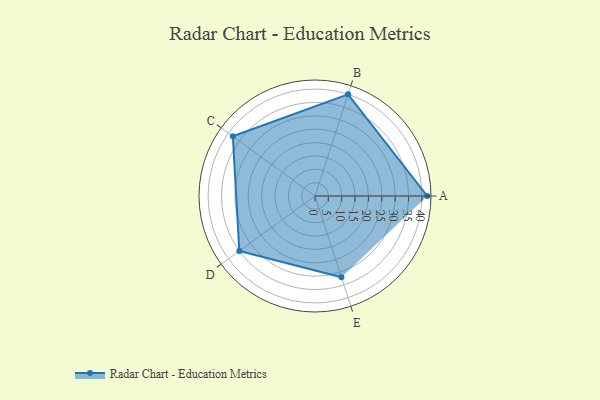
{"axis": {"x": "Skill", "y": "Score"}, "legend": ["Profile"], "data": [{"x": "A", "y": 42.0, "type": "Profile"}, {"x": "B", "y": 40.0, "type": "Profile"}, {"x": "C", "y": 38.0, "type": "Profile"}, {"x": "D", "y": 35.0, "type": "Profile"}, {"x": "E", "y": 32.0, "type": "Profile"}]}